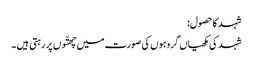
شہد کا حصول:
شہد کی مکھیاں گروہوں کی صورت میں چھتّوں پر رہتی ہیں ۔